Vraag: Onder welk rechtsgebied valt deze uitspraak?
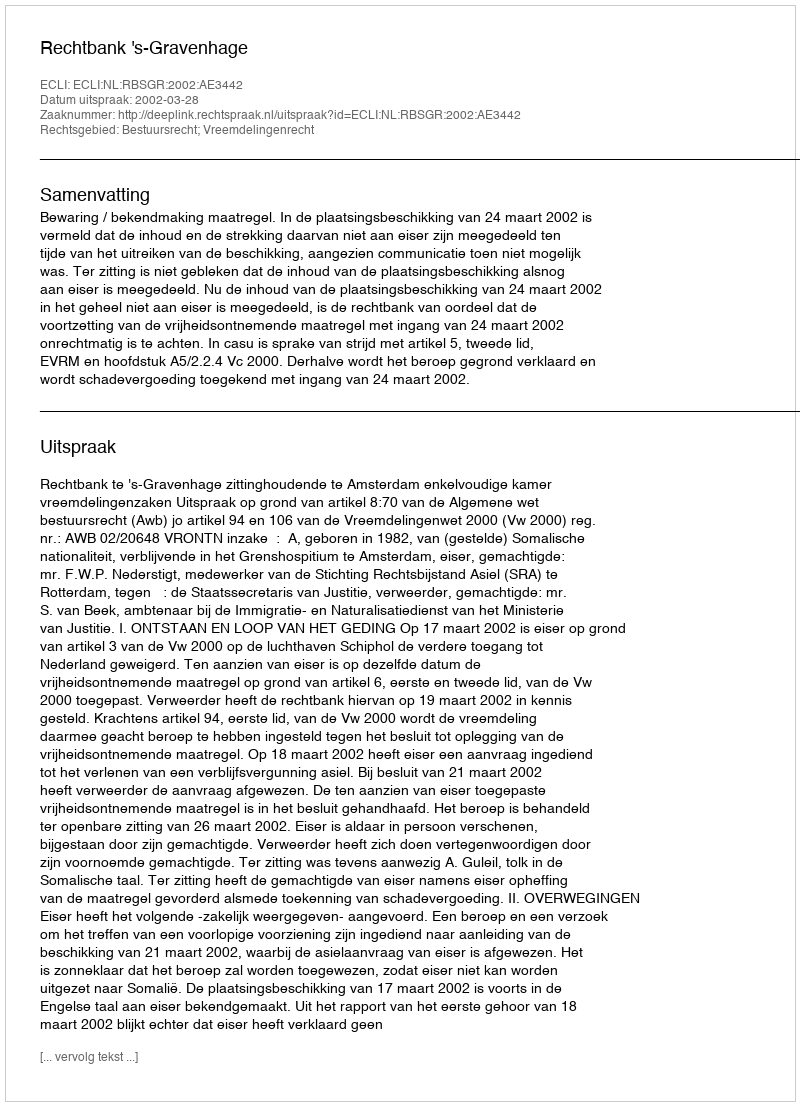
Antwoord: Bestuursrecht; Vreemdelingenrecht